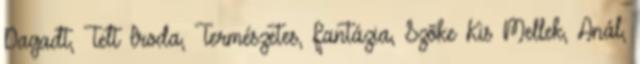
Dagadt, Telt Iroda, Természetes, Fantázia, Szõke Kis Mellek, Anál,